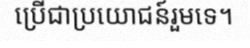
ប្រើជាប្រយោជន៍រួមទេ។